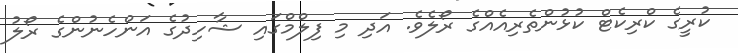
ކުރީގެ ކްރިކެޓް ކުޅުންތެރިއެއްގެ ރޯލެވެ. އަދި މި ފިލްމްގައި ޝާހިދުގެ އަންހެނުންގެ ރޯލު